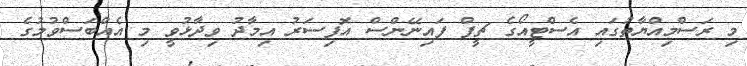
މި ރަސްމިއްޔާތުގައި އެސްޓީއޯގެ ޗީފް ފައިނޭންސް އޮފިސަރު އިމާދު ވިދާޅުވީ މި އެއްބަސްވުމުގެ